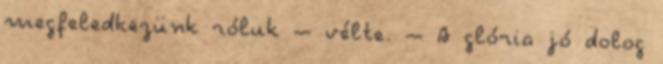
megfeledkezünk róluk – vélte. – A glória jó dolog